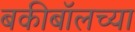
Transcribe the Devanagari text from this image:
बकीबॉलच्या